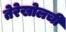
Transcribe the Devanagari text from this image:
तेरेखोलची